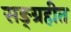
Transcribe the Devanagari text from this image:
सङ्ग्रहीत